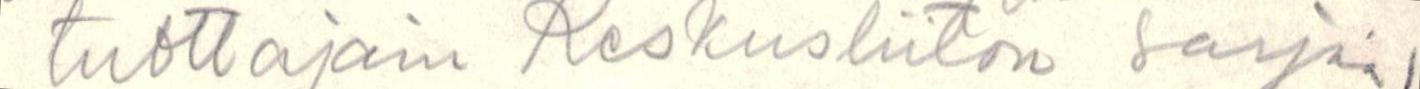
tuottajain Keskusliiton sarjaa)